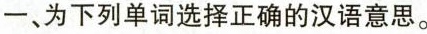
一、为下列单词选择正确的汉语意思。